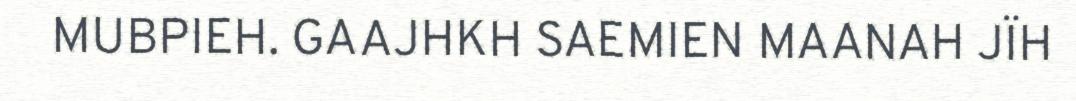
MUBPIEH. GAAJHKH SAEMIEN MAANAH JÏH